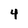
Character: 4